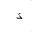
Letter: _thal